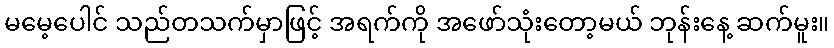
မမေ့ပေါင် သည်တသက်မှာဖြင့် အရက်ကို အဖော်သုံးတော့မယ် ဘုန်းနေ့ ဆက်မူး။